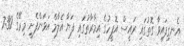
އެނގިފައިވާ ގޮތުގައި ރައީސް އޮފީހުގެ އިމާރާތުގައި ފަޔާ އެލާމް އަޅަންފެށީ މިރޭގެ 7:30